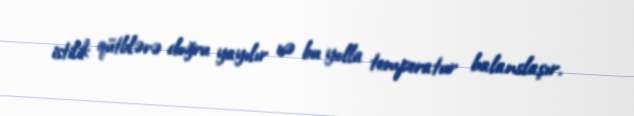
istilik qütblərə doğru yayılır və bu yolla temperatur balanslaşır.